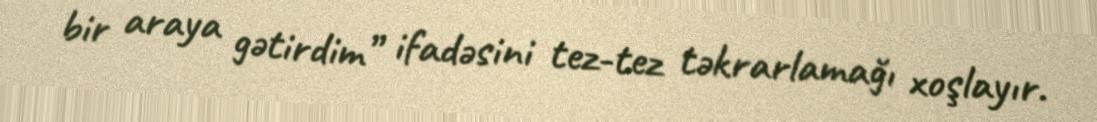
bir araya gətirdim” ifadəsini tez-tez təkrarlamağı xoşlayır.